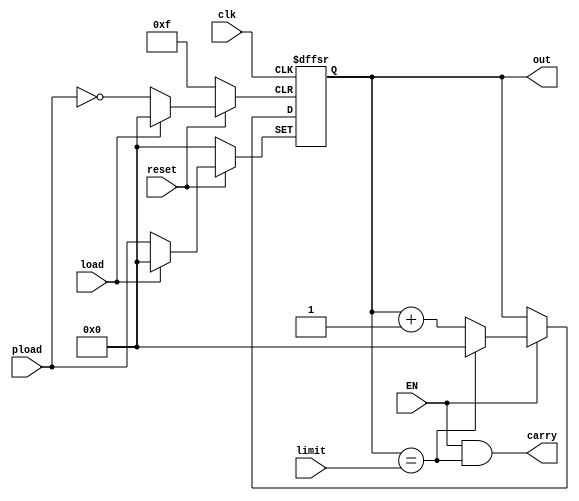
module rollbackCounter(carry, out, limit, pload, EN, load, clk, reset);
	output carry;
	output reg [3:0] out;
	input  [3:0] limit, pload;
	input  EN, clk, reset, load;
	
	assign carry = EN & (out == limit);
	
	always @(posedge clk or negedge reset or negedge load) begin
		if(~reset)
			out <= 4'b0000;
		else if(~load)
			out <= pload;
		else if(EN)
			if(out == limit)
				out <= 4'b0000;
			else
				out <= out + 4'b0001;
	end
endmodule

module main(HEX3, HEX2, HEX1, HEX0, SW, KEY, CLOCK_50);
	output [6:0] HEX3, HEX2, HEX1, HEX0;
	input  [0:0] SW;
	input  [3:0] KEY;
	input  CLOCK_50;
	
	wire   clk, c0, c1, c2, c3, c4, c5;
	wire   [6:0] hex3, hex2, hex1, hex0;
	reg    [3:0] bcd0, bcd1, bcd2, bcd3;
	wire   [3:0] H1, H0, M1, M0, S1, S0;
	
	downClocker CK(clk, CLOCK_50, KEY[3], SW);
	
	rollbackCounter  C0(c0, S0, 4'd9, 4'd5, SW, KEY[2], clk, KEY[3]);
	rollbackCounter  C1(c1, S1, 4'd5, 4'd5, c0, KEY[2], clk, KEY[3]);
	rollbackCounter  C2(c2, M0, 4'd9, 4'd5, c1, KEY[2], clk, KEY[3]);
	rollbackCounter  C3(c3, M1, 4'd5, 4'd5, c2, KEY[2], clk, KEY[3]);
	rollbackCounter  C4(c4, H0, 4'd3, 4'd5, c3, KEY[2], clk, KEY[3]);
	rollbackCounter  C5(c5, H1, 4'd2, 4'd5, c4, KEY[2], clk, KEY[3]);
	
	always @(*) begin
		if(KEY[1] & KEY[0])
			{bcd3, bcd2, bcd1, bcd0} = {4'd2, 4'd8, S1, S0};
		else if(~KEY[1] & KEY[0])
			{bcd3, bcd2, bcd1, bcd0} = {4'd1, 4'd8, M1, M0};
		else
			{bcd3, bcd2, bcd1, bcd0} = {4'd7, 4'd8, H1, H0};
	end
	
	assign HEX3 = ~hex3;
	assign HEX2 = ~hex2;
	assign HEX1 =  hex1;
	assign HEX0 =  hex0;
	
	bcdToSevSeg DEC0(hex0, bcd0);
	bcdToSevSeg DEC1(hex1, bcd1);
	bcdToSevSeg DEC2(hex2, bcd2);
	bcdToSevSeg DEC3(hex3, bcd3);
endmodule

module downClocker(pulse, clk, reset, en);
	output reg pulse;
	input  clk, reset, en;
	reg [25:0] out;
	// 24999999 for 1 sec
	always @(posedge clk or negedge reset) begin
		if(~reset) begin
			out <= 26'd0;
			pulse <= 1'b0;
		end
		else if(en) begin
			out <= out + 26'd1;				// Combinational action 1
			if(out == 26'd4999999) begin	// Combinational action 2
				pulse <= ~pulse;
				out <= 26'd0;
			end
		end
	end
endmodule

module bcdToSevSeg(out, in);
	output [6:0] out;
	input  [3:0] in;
	
	wire A = in[3], B = in[2], C =in[1], D = in[0];
	
	assign out[0] = (~A&~C)&(B^D);
	assign out[1] = (~A&B)&(C^D);
	assign out[2] = (~A&~B&C&~D);
	assign out[3] = (~A&B&~(C^D))|(~A&~B&~C&D);
	assign out[4] = (A&D) | (~A&~B&D) | (~A&B&(~C|D));
	assign out[5] = (~A&~B)&(C|D);
	assign out[6] = (~A&~B&~C)|(~A&B&C&D);
endmodule